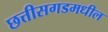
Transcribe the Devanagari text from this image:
छत्तीसगडमधील